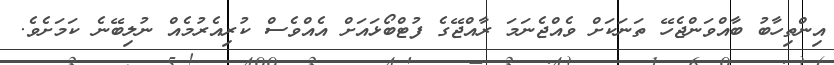
އިންތިހާބު ބާއްވަންޖެހޭ ތަނަކަށް ވެއްޖެނަމަ ރާއްޖޭގެ ފުޓްބޯޅައަށް އެއްވެސް ކުރިއެރުމެއް ނުލިބޭނެ ކަމަށެވެ.